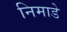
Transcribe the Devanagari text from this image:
निमाडे